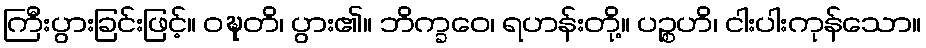
ကြီးပွားခြင်းဖြင့်။ ဝဍ္ဎတိ၊ ပွား၏။ ဘိက္ခဝေ၊ ရဟန်းတို့။ ပဉ္စဟိ၊ ငါးပါးကုန်သော။